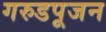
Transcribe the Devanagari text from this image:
गरुडपूजन